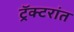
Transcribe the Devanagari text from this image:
ट्रॅक्टरांत